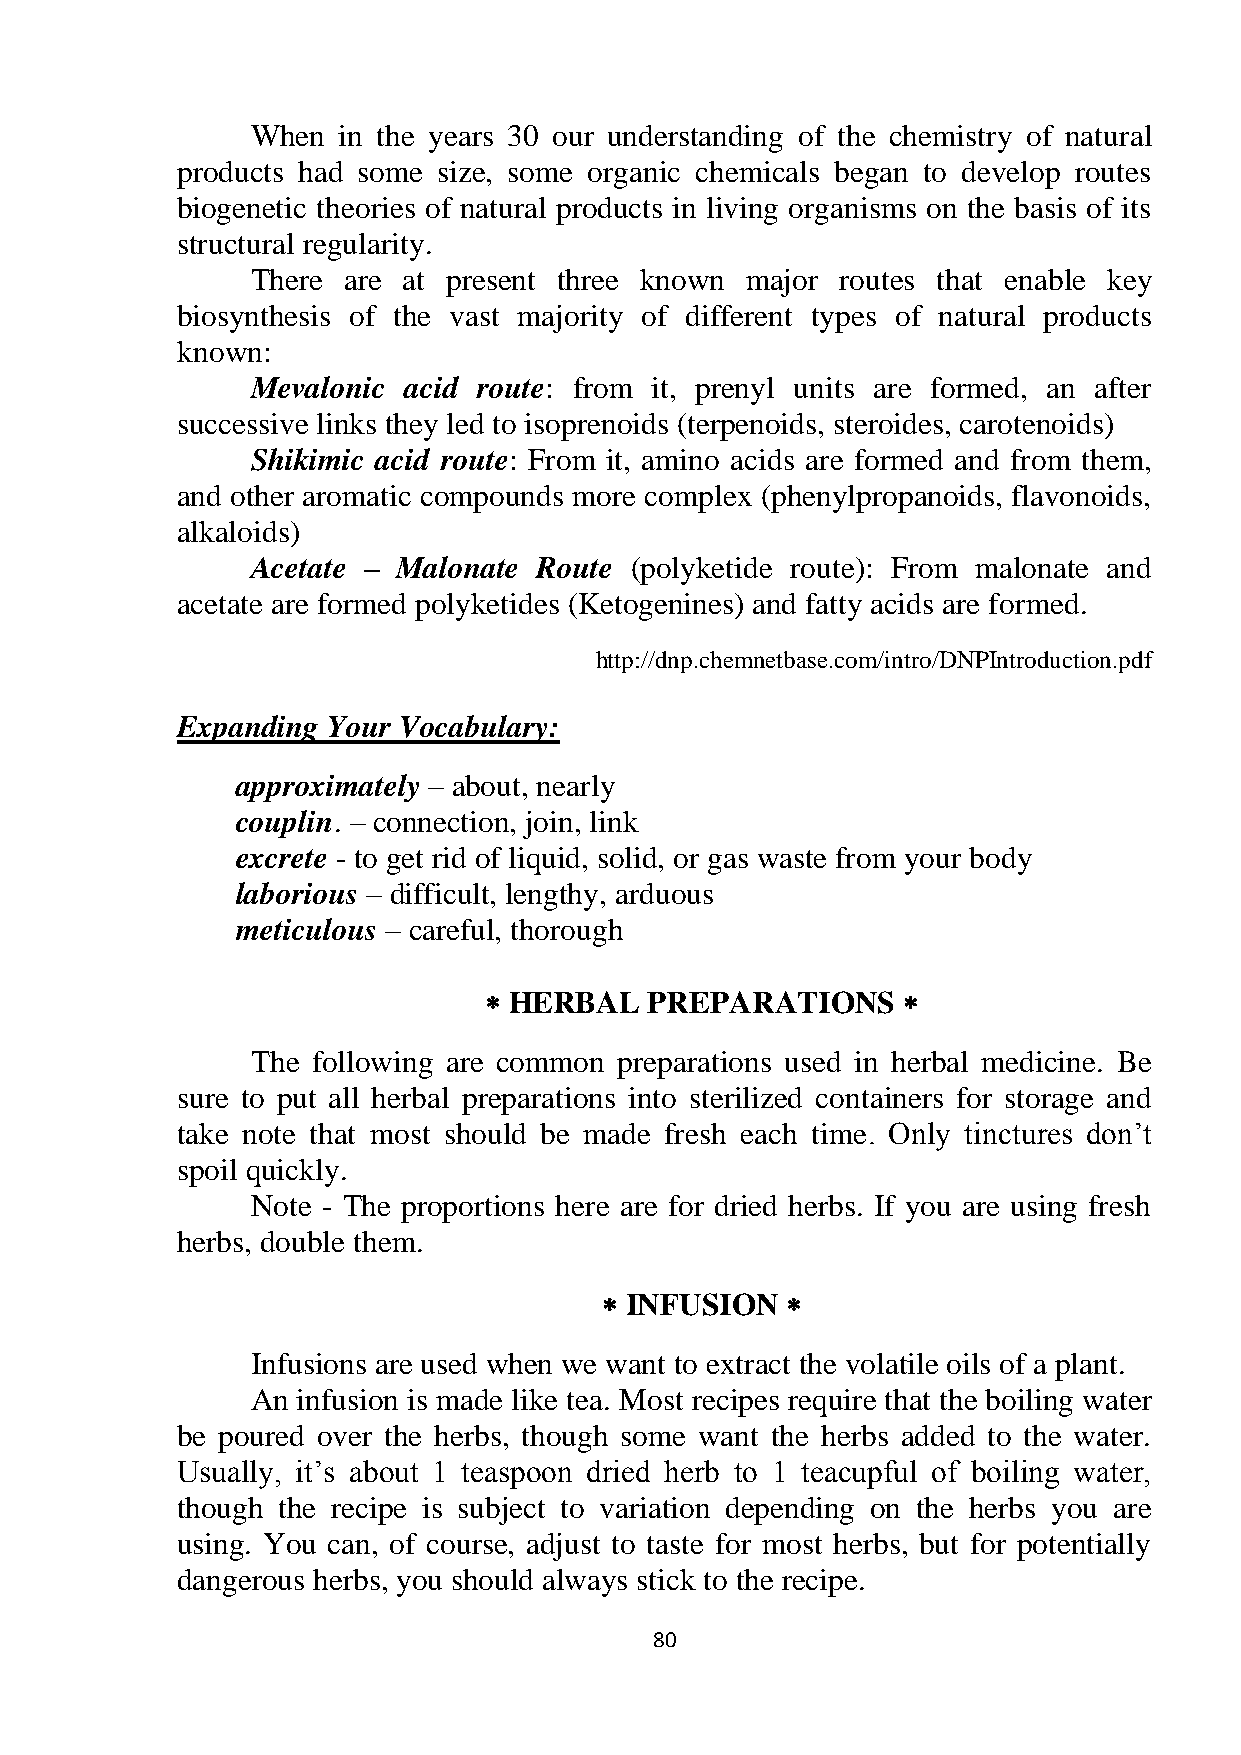
When in the years 30 our understanding of the chemistry of natural
 products had some size, some organic chemicals began to develop routes
 biogenetic theories of natural products in living organisms on the basis of its
 structural regularity.
 There are at present three known major routes that enable key
 biosynthesis of the vast majority of different types of natural products
 known:
 Mevalonic acid route: from it, prenyl units are formed, an after
 successive links they led to isoprenoids (terpenoids, steroides, carotenoids)
 Shikimic acid route: From it, amino acids are formed and from them,
 and other aromatic compounds more complex (phenylpropanoids, flavonoids,
 alkaloids)
 Acetate – Malonate Route (polyketide route): From malonate and
 acetate are formed polyketides (Ketogenines) and fatty acids are formed.
 http://dnp.chemnetbase.com/intro/DNPIntroduction.pdf
 Expanding Your Vocabulary:
 approximately – about, nearly
 couplin. – connection, join, link
 excrete - to get rid of liquid, solid, or gas waste from your body
 laborious – difficult, lengthy, arduous
 meticulous – careful, thorough
  HERBAL   PREPARATIONS     
 The following are common preparations used in herbal medicine. Be
 sure to put all herbal preparations into sterilized containers for storage and
 take note that most should be made fresh each time. Only tinctures don‘t
 spoil quickly.
 Note - The proportions here are for dried herbs. If you are using fresh
 herbs, double them.
  INFUSION  
 Infusions are used when we want to extract the volatile oils of a plant.
 An infusion is made like tea. Most recipes require that the boiling water
 be poured over the herbs, though some want the herbs added to the water.
 Usually, it‘s about 1 teaspoon dried herb to 1 teacupful of boiling water,
 though the recipe is subject to variation depending on the herbs you are
 using. You can, of course, adjust to taste for most herbs, but for potentially
 dangerous herbs, you should always stick to the recipe.
 80